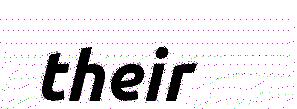
their